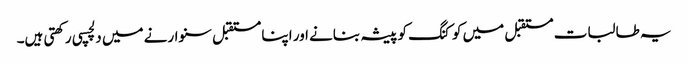
یہ طالبات مستقبل میں کوکنگ کو پیشہ بنانے اور اپنا مستقبل سنوارنے میں دلچسپی رکھتی ہیں۔